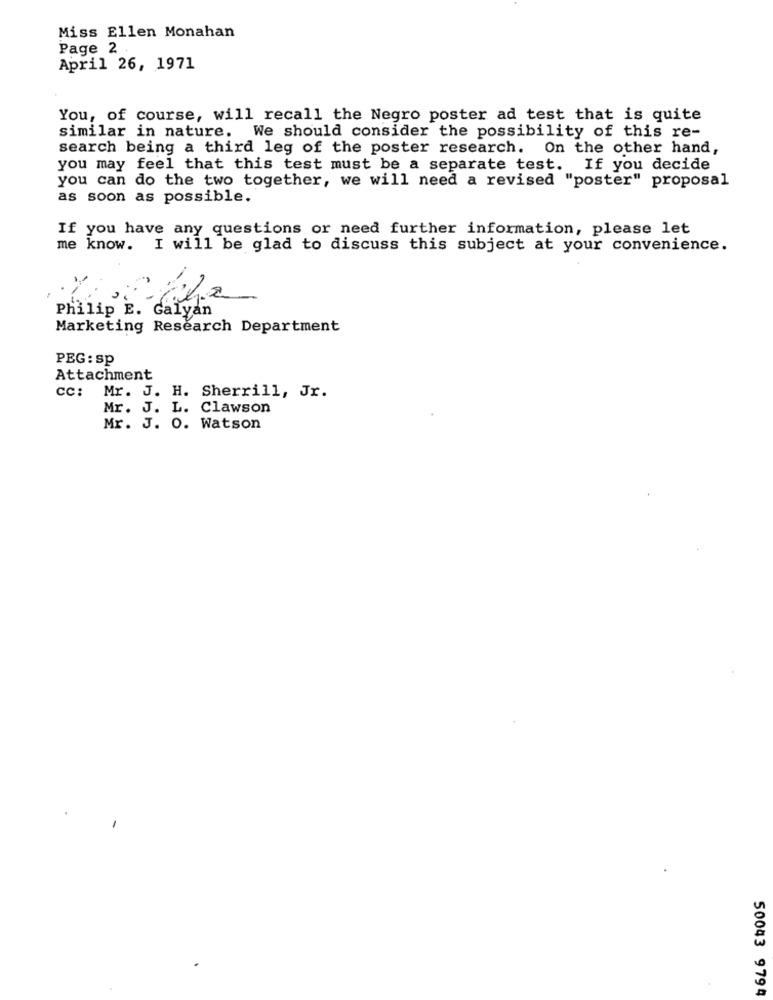
Miss Ellen Monahan
Page 2
April 26, 1971
You, of course, will recall the Negro poster ad test that is quite
similar in nature. We should consider the possibility of this re-
search being a third leg of the poster research. On the other hand,
you may feel that this test must be a separate test. If you decide
you can do the two together, we will need a revised "poster" proposal
as soon as possible.
If you have any questions or need further information, please let
me know. I will be glad to discuss this subject at your convenience.
Philip E. Galyan
Marketing Research Department
PEG : sp
Attachment
cc:
Mr. J. H. Sherrill, Jr.
Mr. J. L. Clawson
Mr. J. O. Watson
50043 9794